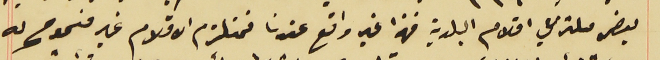
بعض ملتزمي اقلام البلدية فهذا غير واقع عندنا فمتلزم الاقلام غير مسَموح له